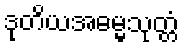
ဒုတိယအဓမ္မသုတ္တံ